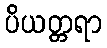
ပိယတ္တရာ